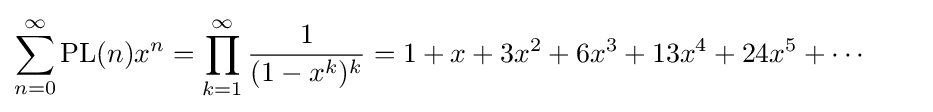
\sum _{n=0}^{\infty }\operatorname {PL} (n)x^{n}=\prod _{k=1}^{\infty }{\frac {1}{(1-x^{k})^{k}}}=1+x+3x^{2}+6x^{3}+13x^{4}+24x^{5}+\cdots \qquad